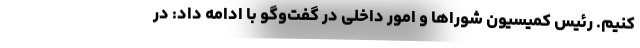
کنیم. رئیس کمیسیون شوراها و‌ امور داخلی در گفت‌وگو با ادامه داد: در